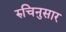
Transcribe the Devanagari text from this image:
रुचिनुसार